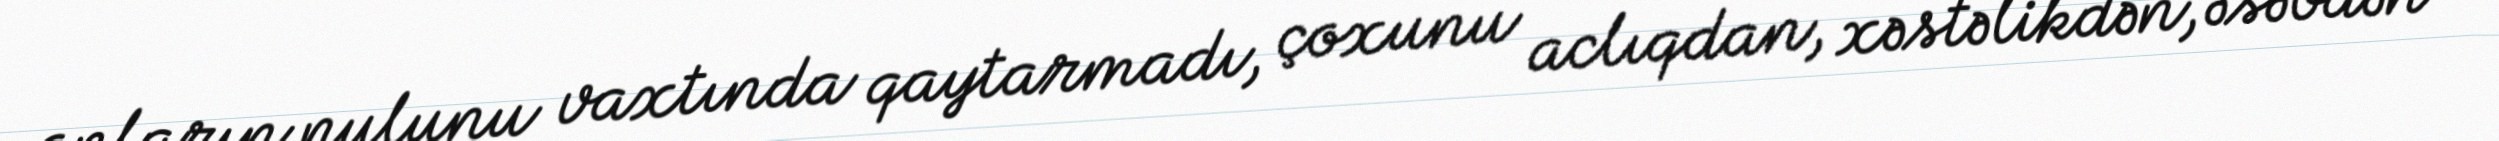
onların pulunu vaxtında qaytarmadı, çoxunu aclıqdan, xəstəlikdən, əsəbdən